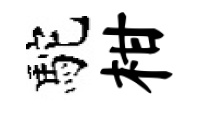
駝柑